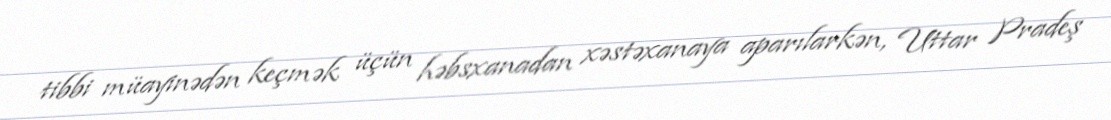
tibbi müayinədən keçmək üçün həbsxanadan xəstəxanaya aparılarkən, Uttar Pradeş